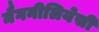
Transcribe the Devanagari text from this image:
मैगनीलियेसी